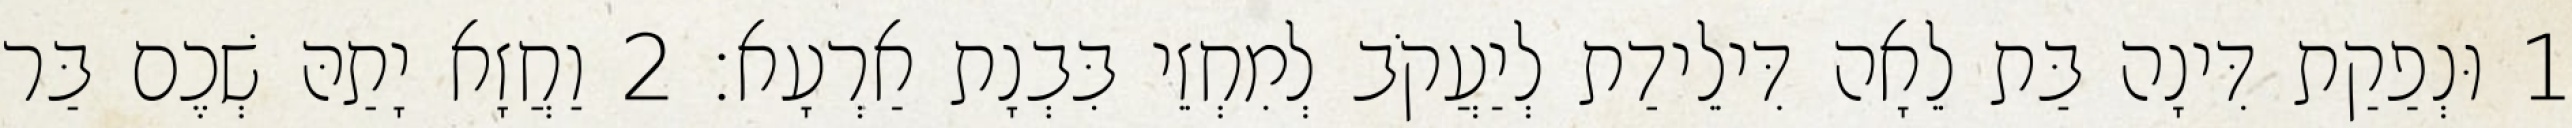
1 וּנְפַקַת דִּינָה בַּת לֵאָה דִּילֵידַת לְיַעֲקֹב לְמִחְזֵי בִּבְנָת אַרְעָא׃ 2 וַחֲזָא יָתַהּ שְׁכֶם בַּר